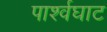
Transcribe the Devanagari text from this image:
पार्श्वघाट